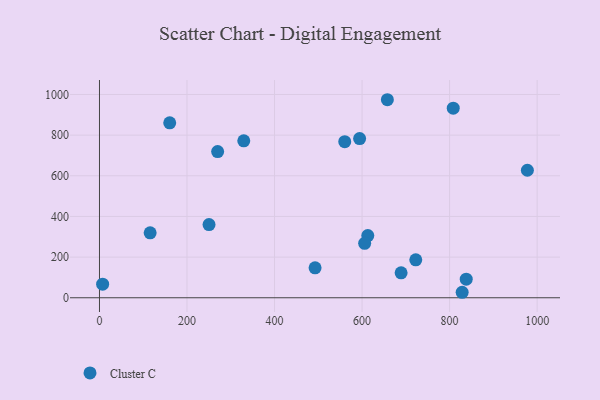
{"axis": {"x": "Distance", "y": "Profit"}, "legend": ["Cluster C"], "data": [{"x": "657.8", "y": 974.2, "type": "Cluster C"}, {"x": "613.1", "y": 305.7, "type": "Cluster C"}, {"x": "492.6", "y": 147.5, "type": "Cluster C"}, {"x": "828.7", "y": 27.0, "type": "Cluster C"}, {"x": "977.7", "y": 627.3, "type": "Cluster C"}, {"x": "808.3", "y": 932.8, "type": "Cluster C"}, {"x": "270.0", "y": 719.2, "type": "Cluster C"}, {"x": "250.3", "y": 359.8, "type": "Cluster C"}, {"x": "115.8", "y": 319.6, "type": "Cluster C"}, {"x": "722.7", "y": 186.4, "type": "Cluster C"}, {"x": "594.4", "y": 783.2, "type": "Cluster C"}, {"x": "838.0", "y": 91.4, "type": "Cluster C"}, {"x": "689.2", "y": 122.5, "type": "Cluster C"}, {"x": "605.9", "y": 268.0, "type": "Cluster C"}, {"x": "160.5", "y": 860.4, "type": "Cluster C"}, {"x": "329.7", "y": 771.8, "type": "Cluster C"}, {"x": "560.4", "y": 767.8, "type": "Cluster C"}, {"x": "7.2", "y": 66.9, "type": "Cluster C"}]}